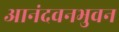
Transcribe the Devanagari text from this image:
आनंदवनभुवन